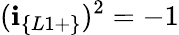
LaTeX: (\textbf{i}_{\{ L1+\} })^{2}=-1